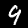
Label: 9